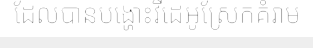
ដែលបានបង្ហោះវីដេអូស្រែកគំរាម